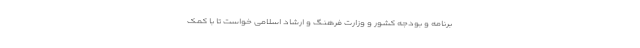
برنامه و بودجه کشور و وزارت فرهنگ و ارشاد اسلامی خواست تا با کمک